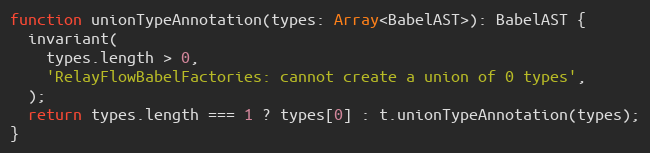
Language: JavaScript
function unionTypeAnnotation(types: Array<BabelAST>): BabelAST {
  invariant(
    types.length > 0,
    'RelayFlowBabelFactories: cannot create a union of 0 types',
  );
  return types.length === 1 ? types[0] : t.unionTypeAnnotation(types);
}